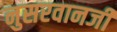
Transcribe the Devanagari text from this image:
नुसरवानजी